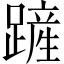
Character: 𨄉